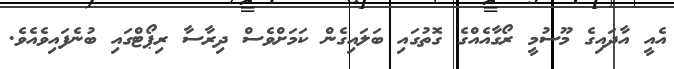
އެއީ އާދައިގެ މޫސުމީ ރޯގާއެއްގެ ގޮތުގައި ބަލައިގެން ކަމަށްވެސް ދިރާސާ ރިޕޯޓްގައި ބުނެފައިވެއެވެ.